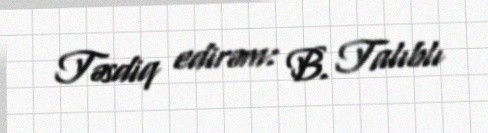
Təsdiq edirəm: B. Talıblı